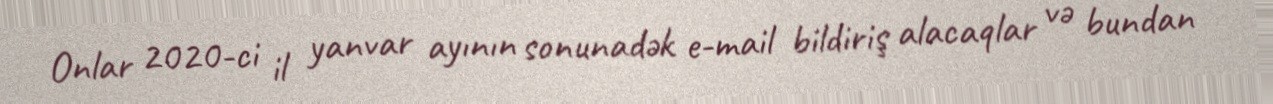
Onlar 2020-ci il yanvar ayının sonunadək e-mail bildiriş alacaqlar və bundan